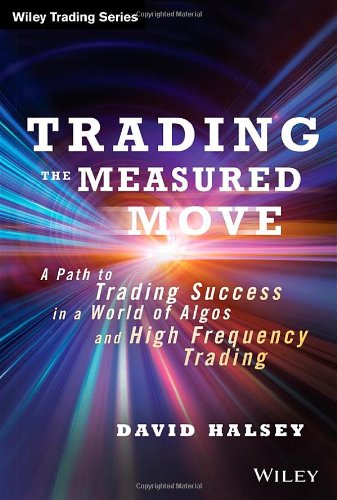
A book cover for Trading the Measured Move: A Path to Trading Success in a World of Algos and High Frequency Trading; David Halsey; Business & Money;